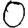
Digit: 0